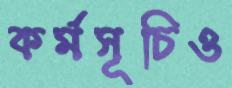
কর্মসূচিও